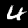
Label: 4